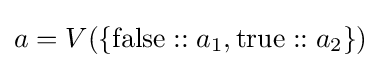
a=V(\{\operatorname {false} ::a_{1},\operatorname {true} ::a_{2}\})